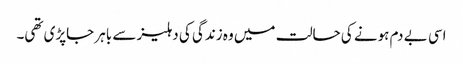
اسی بے دم ہونے کی حالت میں وہ زندگی کی دہلیز سے باہر جاپڑی تھی۔